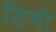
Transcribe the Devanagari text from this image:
टिगी